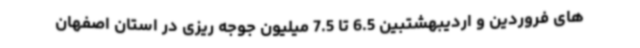
های فروردین و اردیبهشتبین 6.5 تا 7.5 میلیون جوجه ریزی در استان اصفهان